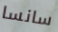
سانسا